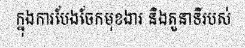
ក្នុងការបែងចែកមុខងារ និងតួនាទីរបស់